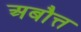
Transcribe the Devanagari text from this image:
अबौत्त